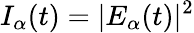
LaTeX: I_{\alpha}(t)=|E_{\alpha}(t)|^{2}